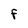
Character: F